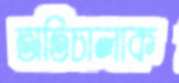
অতিচালাক